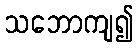
သဘောကျ၍